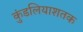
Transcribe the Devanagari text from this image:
कुंडलियाशतक